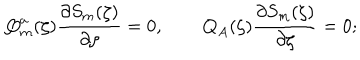
LaTeX: \mathbf { Q } _ { m } ^ { a } ( \zeta ) \frac { \partial S _ { m } ( \zeta ) } { \partial \zeta } = 0 , \qquad \mathbf { Q } _ { A } ( \zeta ) \frac { \partial S _ { m } ( \zeta ) } { \partial \zeta } = 0 ;